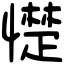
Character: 憷